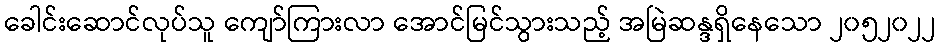
ခေါင်းဆောင်လုပ်သူ ကျော်ကြားလာ အောင်မြင်သွားသည့် အမြဲဆန္ဒရှိနေသော ၂၀၅၂၀၂၂